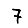
Digit: 7